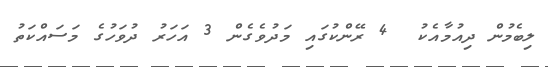
ލިބެމުން ދިއުމާއެކު  4 ރޭންކުގައި މަދުވެގެން 3 އަހަރު ދުވަހުގެ މަސައްކަތު